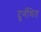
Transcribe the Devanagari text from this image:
दुर्गधित